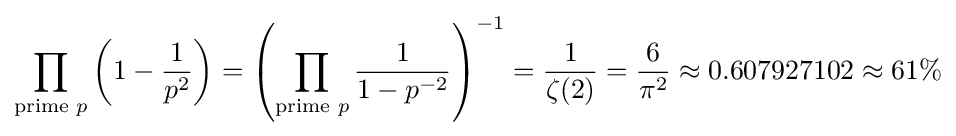
\prod _{{\text{prime }}p}\left(1-{\frac {1}{p^{2}}}\right)=\left(\prod _{{\text{prime }}p}{\frac {1}{1-p^{-2}}}\right)^{-1}={\frac {1}{\zeta (2)}}={\frac {6}{\pi ^{2}}}\approx 0.607927102\approx 61\%